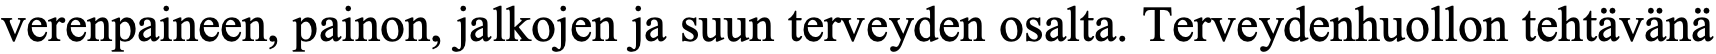
verenpaineen, painon, jalkojen ja suun terveyden osalta. Terveydenhuollon tehtävänä